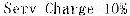
SERV CHARGE 10%